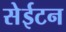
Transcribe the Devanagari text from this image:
सेईटन